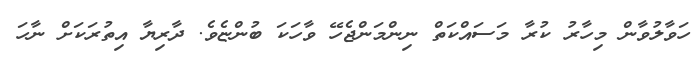
ހަވާލުވާން މިހާރު ކުރާ މަސައްކަތް ނިންމަންޖެހޭ ވާހަކަ ބުންޏެވެ. ދާރިޔާ އިތުރަކަށް ނާހަ